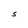
Character: S